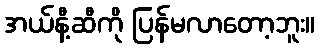
အယ်နီ့ဆီကို ပြန်မလာတော့ဘူး။